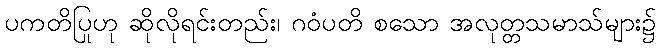
ပကတိပြုဟု ဆိုလိုရင်းတည်း၊ ဂဝံပတိ စသော အလုတ္တသမာသ်များ၌